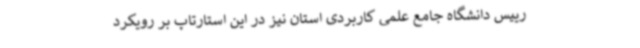
رییس دانشگاه جامع علمی کاربردی استان نیز در این استارتاپ بر رویکرد